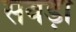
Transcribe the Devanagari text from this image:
सवड़ा